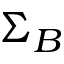
\Sigma _ { B }